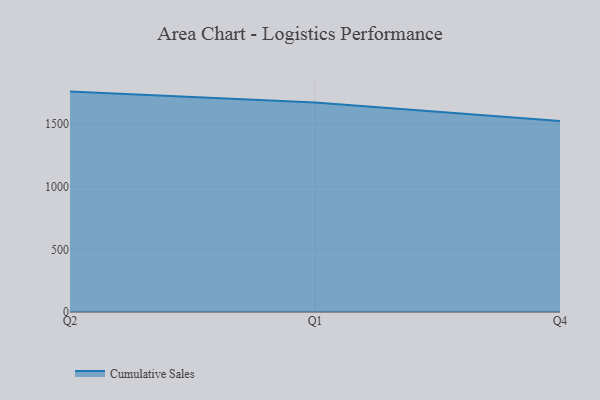
{"axis": {"x": "Quarter", "y": "Inventory Turnover"}, "legend": ["Cumulative Sales"], "data": [{"x": "Q2", "y": 1759.1, "type": "Cumulative Sales"}, {"x": "Q1", "y": 1671.6, "type": "Cumulative Sales"}, {"x": "Q4", "y": 1524.3, "type": "Cumulative Sales"}]}